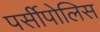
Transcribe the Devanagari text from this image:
पर्सीपोलिस